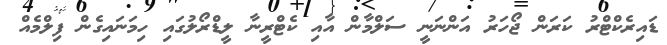
ޑައިރެކްޓްރު ކަރަން ޖޯހަރު އަންނަނީ ސަލްމާން އާއި ކެޓްރީނާ ލީޑްރޯލުގައި ހިމަނައިގެން ފިލްމެއް